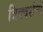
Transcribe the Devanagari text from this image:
त्रिक्दर्शनों